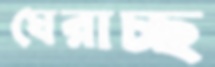
ঘেরাচ্ছ